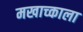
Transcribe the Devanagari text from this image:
मखाच्काला